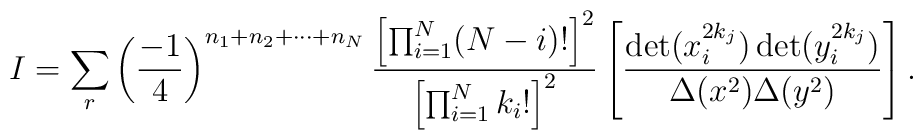
I = \sum_r \left( \frac{-1}{4} \right)^{n_1 + n_2 + \cdots + n_N}\frac{\left[ \prod_{i=1}^N (N-i)! \right]^2}{ \left[ \prod_{i=1}^N k_i!\right]^2}  \left[ \frac{\det(x_i^{2k_j})\det(y_i^{2k_j})}{\Delta(x^2)\Delta(y^2)} \right] .